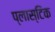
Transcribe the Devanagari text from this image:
प्‍लास्‍टिक